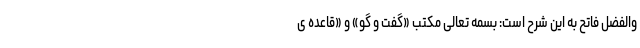
والفضل فاتح به این شرح است: بسمه تعالی مکتب «گفت و گو» و «قاعده ی